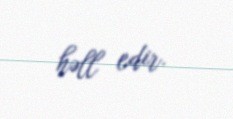
həll edir.